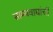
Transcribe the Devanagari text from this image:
साम्यवाद्यांची